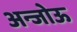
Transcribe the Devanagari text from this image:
अन्जोऊ